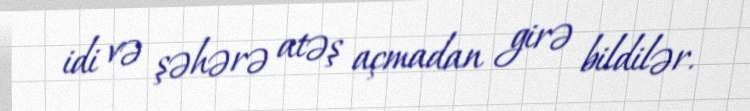
idi və şəhərə atəş açmadan girə bildilər.